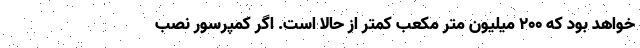
خواهد بود که ۲۰۰ میلیون متر مکعب کمتر از حالا است. اگر کمپرسور نصب